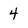
Character: 4